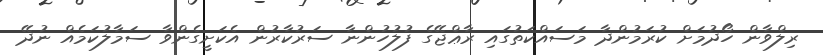
ރިލްވާން ހޯދުމަށް ކުރަމުންދާ މަސައްކަތުގައި ރާޢްޖޭގެ ފުލުހުންނާ ސަރުކާރުން އެކަށީގެންވާ ސަމާލުކަމެއް ނުދޭ